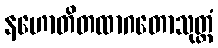
နဟောတိတထာဂတောသုတ္တံ